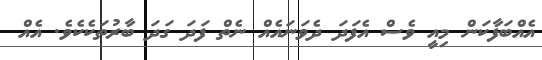
އެއްބަފާކަން މިއީ ވެސް އެފަދަ ދެވަނައެއް ނެތް ފަދަ ގަދަ ބާރުތަކެކެވެ. އެއް